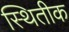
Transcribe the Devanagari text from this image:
स्थितीक